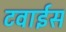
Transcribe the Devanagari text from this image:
टवाईस